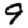
Digit: 9